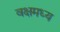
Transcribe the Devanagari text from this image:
वक्षमध्य